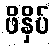
ဖိနှိပ်